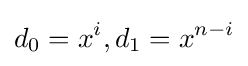
d_{0}=x^{i},d_{1}=x^{n-i}